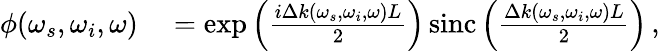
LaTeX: \begin{array}{rl}{\phi(\omega_{s},\omega_{i},\omega)}&{{}=\exp\left(\frac{i\Delta k(\omega_{s},\omega_{i},\omega)L}{2}\right)\, \mathrm{sinc}\left(\frac{\Delta k(\omega_{s},\omega_{i},\omega)L}{2}\right)\, ,}\end{array}